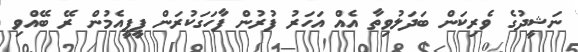
ނަޝީދުގެ ވެރިކަން ބަދަލުވިތާ އެއް އަހަރު ފުރުން ފާހަގަކުރަން ޕީޕީއެމުން ރޭ ބޭއްވި